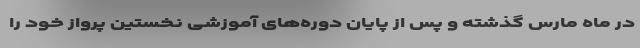
در ماه مارس گذشته و پس از پایان دوره‌های آموزشی نخستین پرواز خود را